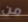
من